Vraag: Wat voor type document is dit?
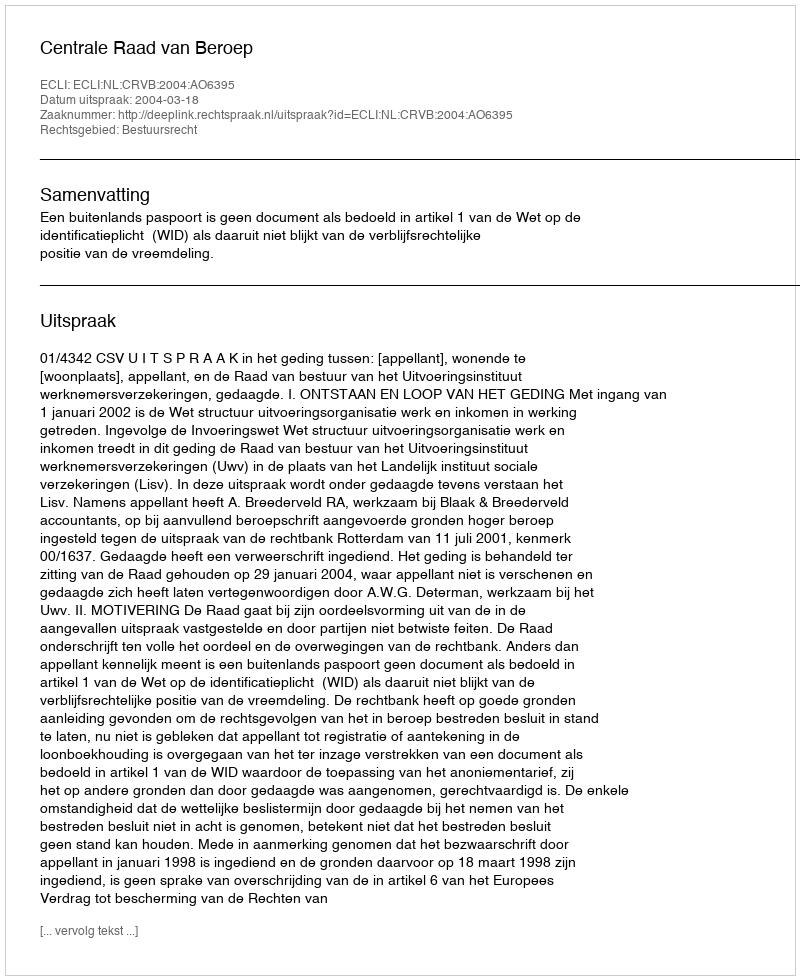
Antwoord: Uitspraak